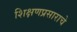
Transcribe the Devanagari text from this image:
शिक्षणप्रसाराचे